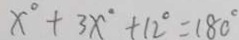
x ^ { \circ } + 3 x ^ { \circ } + 1 2 ^ { \circ } = 1 8 0 ^ { \circ }